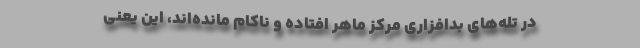
در تله‌های بدافزاری مرکز ماهر افتاده و ناکام مانده‌اند، این یعنی